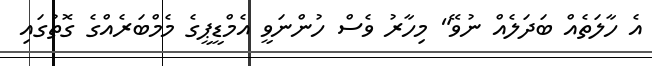
އެ ހާލަތެއް ބަދަލެއް ނުވޭ" މިހާރު ވެސް ހުންނަވީ އެމްޑީޕީގެ މެމްބަރެއްގެ ގޮތުގައި